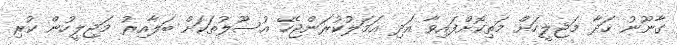
ގާނޫނު ހަދާ މަޖިލީހަށް މަތިކޮށްފައިވާ އަދި އަމަލުކުރަންޖެހޭ އުސޫލުތަކަށް ބަލާއިރު މަޖިލީހުން ކުރި